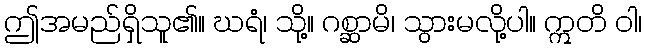
ဤအမည်ရှိသူ၏။ ဃရံ၊ သို့။ ဂစ္ဆာမိ၊ သွားမလို့ပါ။ ဣတိ ဝါ၊